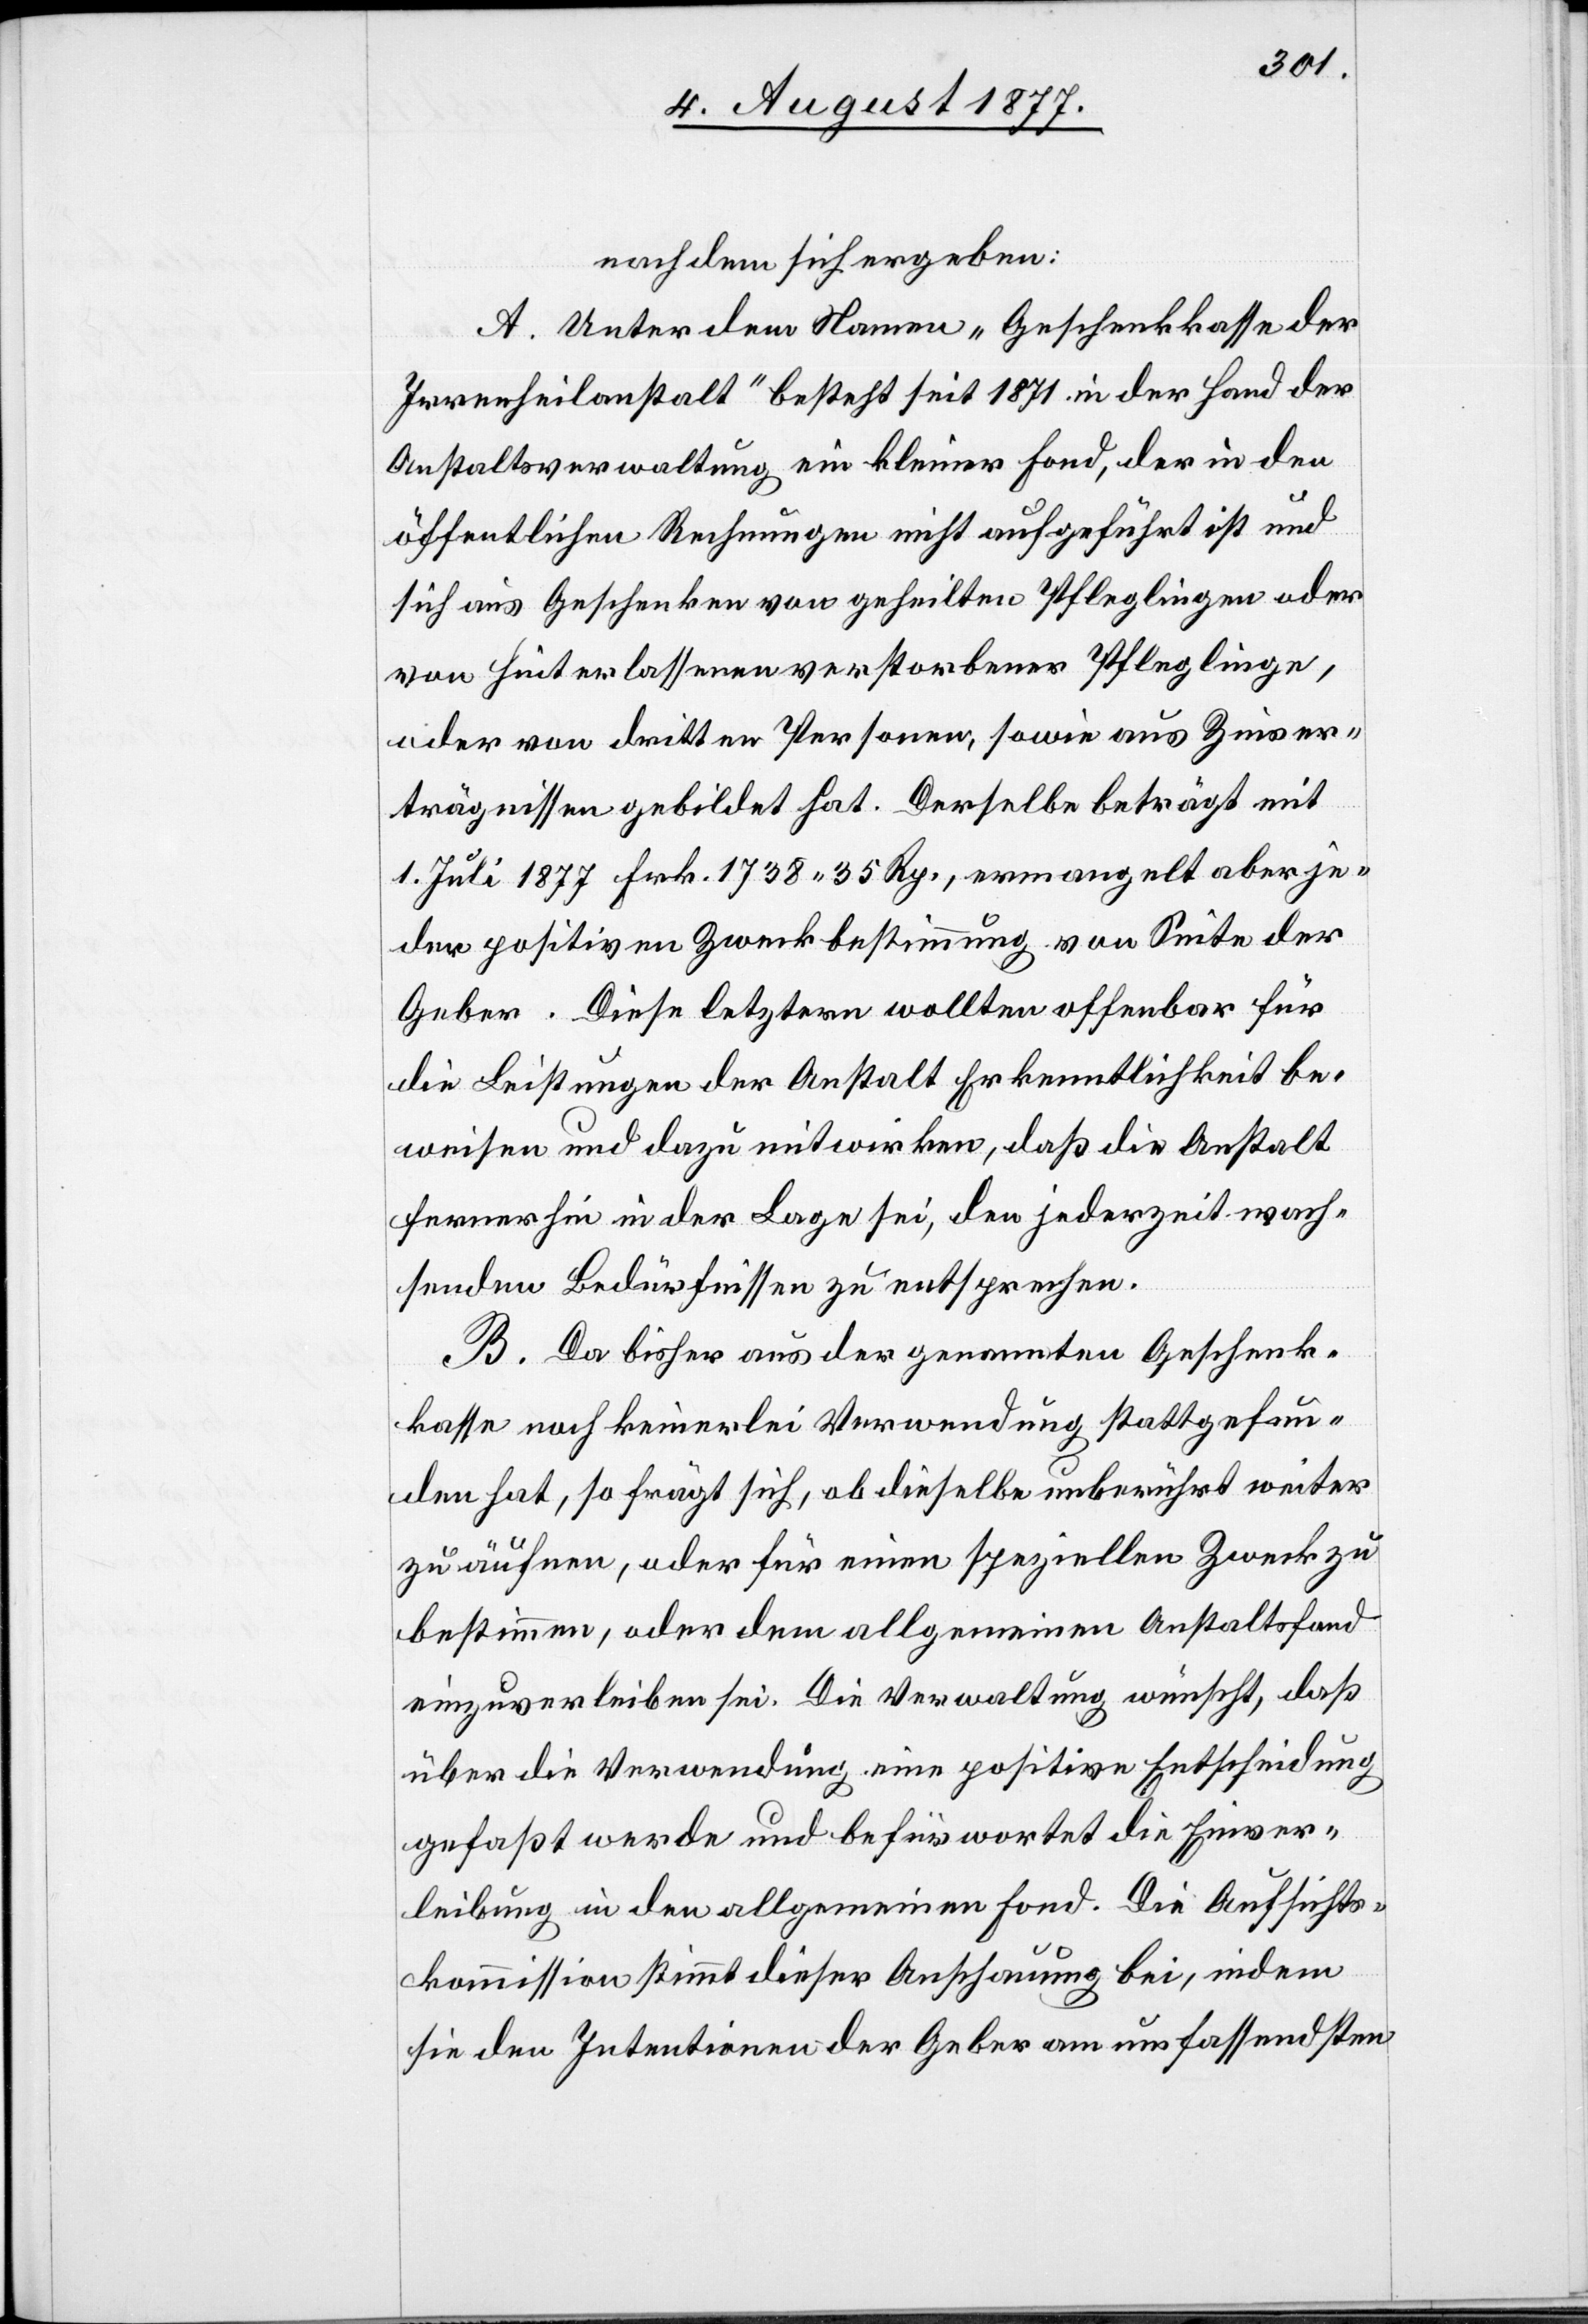
nachdem sich ergeben:
A. Unter dem Namen „Geschenkkasse der
Irrenheilanstalt“ besteht seit 1871 in der Hand der
Anstaltsverwaltung ein kleiner Fond, der in den
öffentlichen Rechnungen nicht aufgeführt ist und
sich aus Geschenken von geheilten Pfleglingen oder
von Hinterlassenen verstorbener Pfleglinge,
oder von dritten Personen, sowie aus Zinser¬
trägnissen gebildet hat. Derselbe beträgt mit
1. Juli 1877 Frk. 1738 35 Rp., ermangelt aber je¬
der positiven Zweckbestimmung von Seite der
Geber. Diese letztern wollten offenbar für
die Leistungen der Anstalt Erkenntlichkeit be¬
weisen und dazu mitwirken, daß die Anstalt
fernerhin in der Lage sei, den jederzeit wach¬
senden Bedürfnissen zu entsprechen.
B. Da bisher aus der genannten Geschenk¬
kasse noch keinerlei Verwendung stattgefun¬
den hat, so frägt sich, ob dieselbe unberührt weiter
zu äufnen, oder für einen speziellen Zweck zu
bestimmen, oder dem allgemeinen Anstaltsfond
einzuverleiben sei. Die Verwaltung wünscht, daß
über die Verwendung eine positive Entscheidung
gefaßt werde und befürwortet die Einver¬
leibung in den allgemeinen Fond. Die Aufsichts¬
kommission stimmt dieser Anschauung bei, indem
sie den Intentionen der Geber am umfassendsten